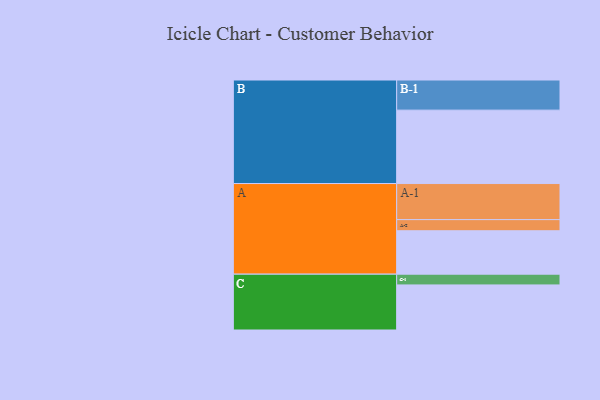
{"axis": {"x": "Segment", "y": "Value"}, "legend": ["", "A", "B", "C"], "data": [{"x": "A", "y": 343, "type": ""}, {"x": "B", "y": 580, "type": ""}, {"x": "C", "y": 356, "type": ""}, {"x": "A-1", "y": 285, "type": "A"}, {"x": "A-2", "y": 88, "type": "A"}, {"x": "B-1", "y": 238, "type": "B"}, {"x": "C-1", "y": 85, "type": "C"}]}